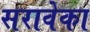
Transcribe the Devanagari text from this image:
सरावेका